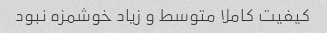
کیفیت کاملا متوسط و زیاد خوشمزه نبود